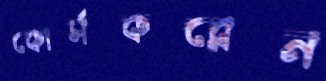
কোর্সকরেন